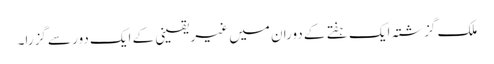
ملک گزشتہ ایک ہفتے کے دوران میں غیر یقینی کے ایک دور سے گزرا۔